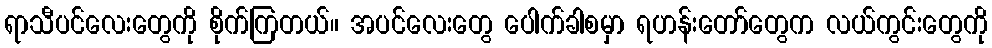
ရာသီပင်လေးတွေကို စိုက်ကြတယ်။ အပင်လေးတွေ ပေါက်ခါစမှာ ရဟန်းတော်တွေက လယ်ကွင်းတွေကို